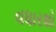
વધારશો